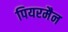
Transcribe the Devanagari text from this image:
पियरमैन